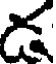
డ